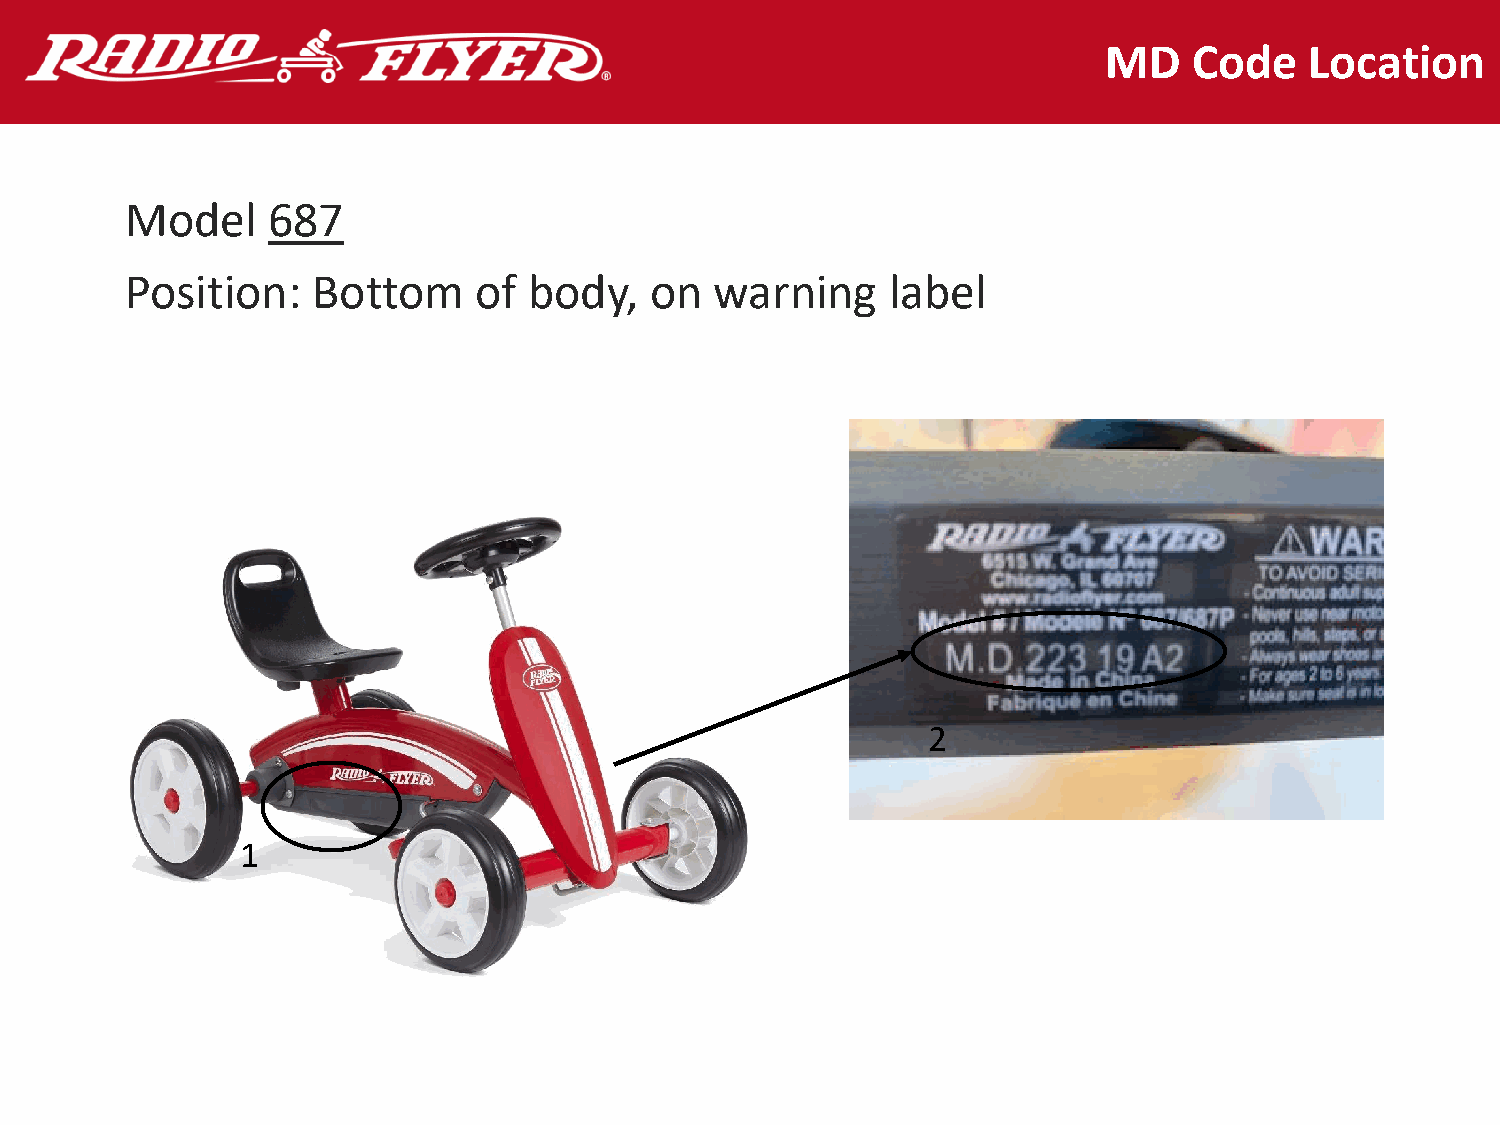
MD    Code    Location
 Model     687
 Position:    Bottom    of  body,   on  warning     label
 2
 1